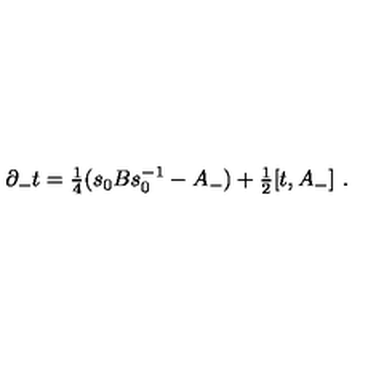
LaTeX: \partial _ { - } t = { \textstyle { \frac 1 4 } } ( s _ { 0 } B s _ { 0 } ^ { - 1 } - A _ { - } ) + { \textstyle { \frac 1 2 } } [ t , A _ { - } ] \ .